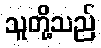
သူတို့သည်